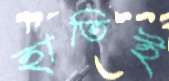
হাতিই